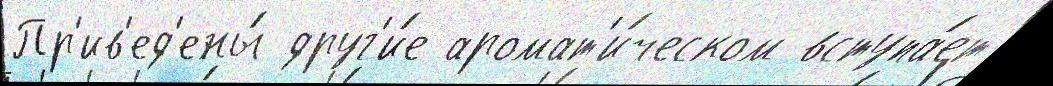
Пр'ив'ед'ены́ друг'и́е аромат'и́ческом вступа́ет